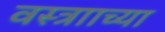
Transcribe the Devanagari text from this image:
वस्त्रााच्या